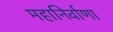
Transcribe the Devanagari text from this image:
महानिर्वाणा